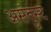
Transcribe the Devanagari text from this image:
असंतुस्ट